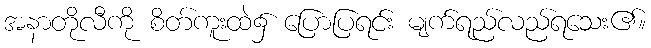
အနာတိုလီကို စိတ်ကူးထဲ၌ ပြောပြရင်း မျက်ရည်လည်ရသေး၏။